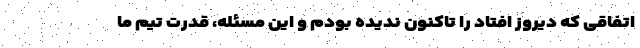
اتفاقی که دیروز افتاد را تاکنون ندیده بودم و این مسئله، قدرت تیم ما